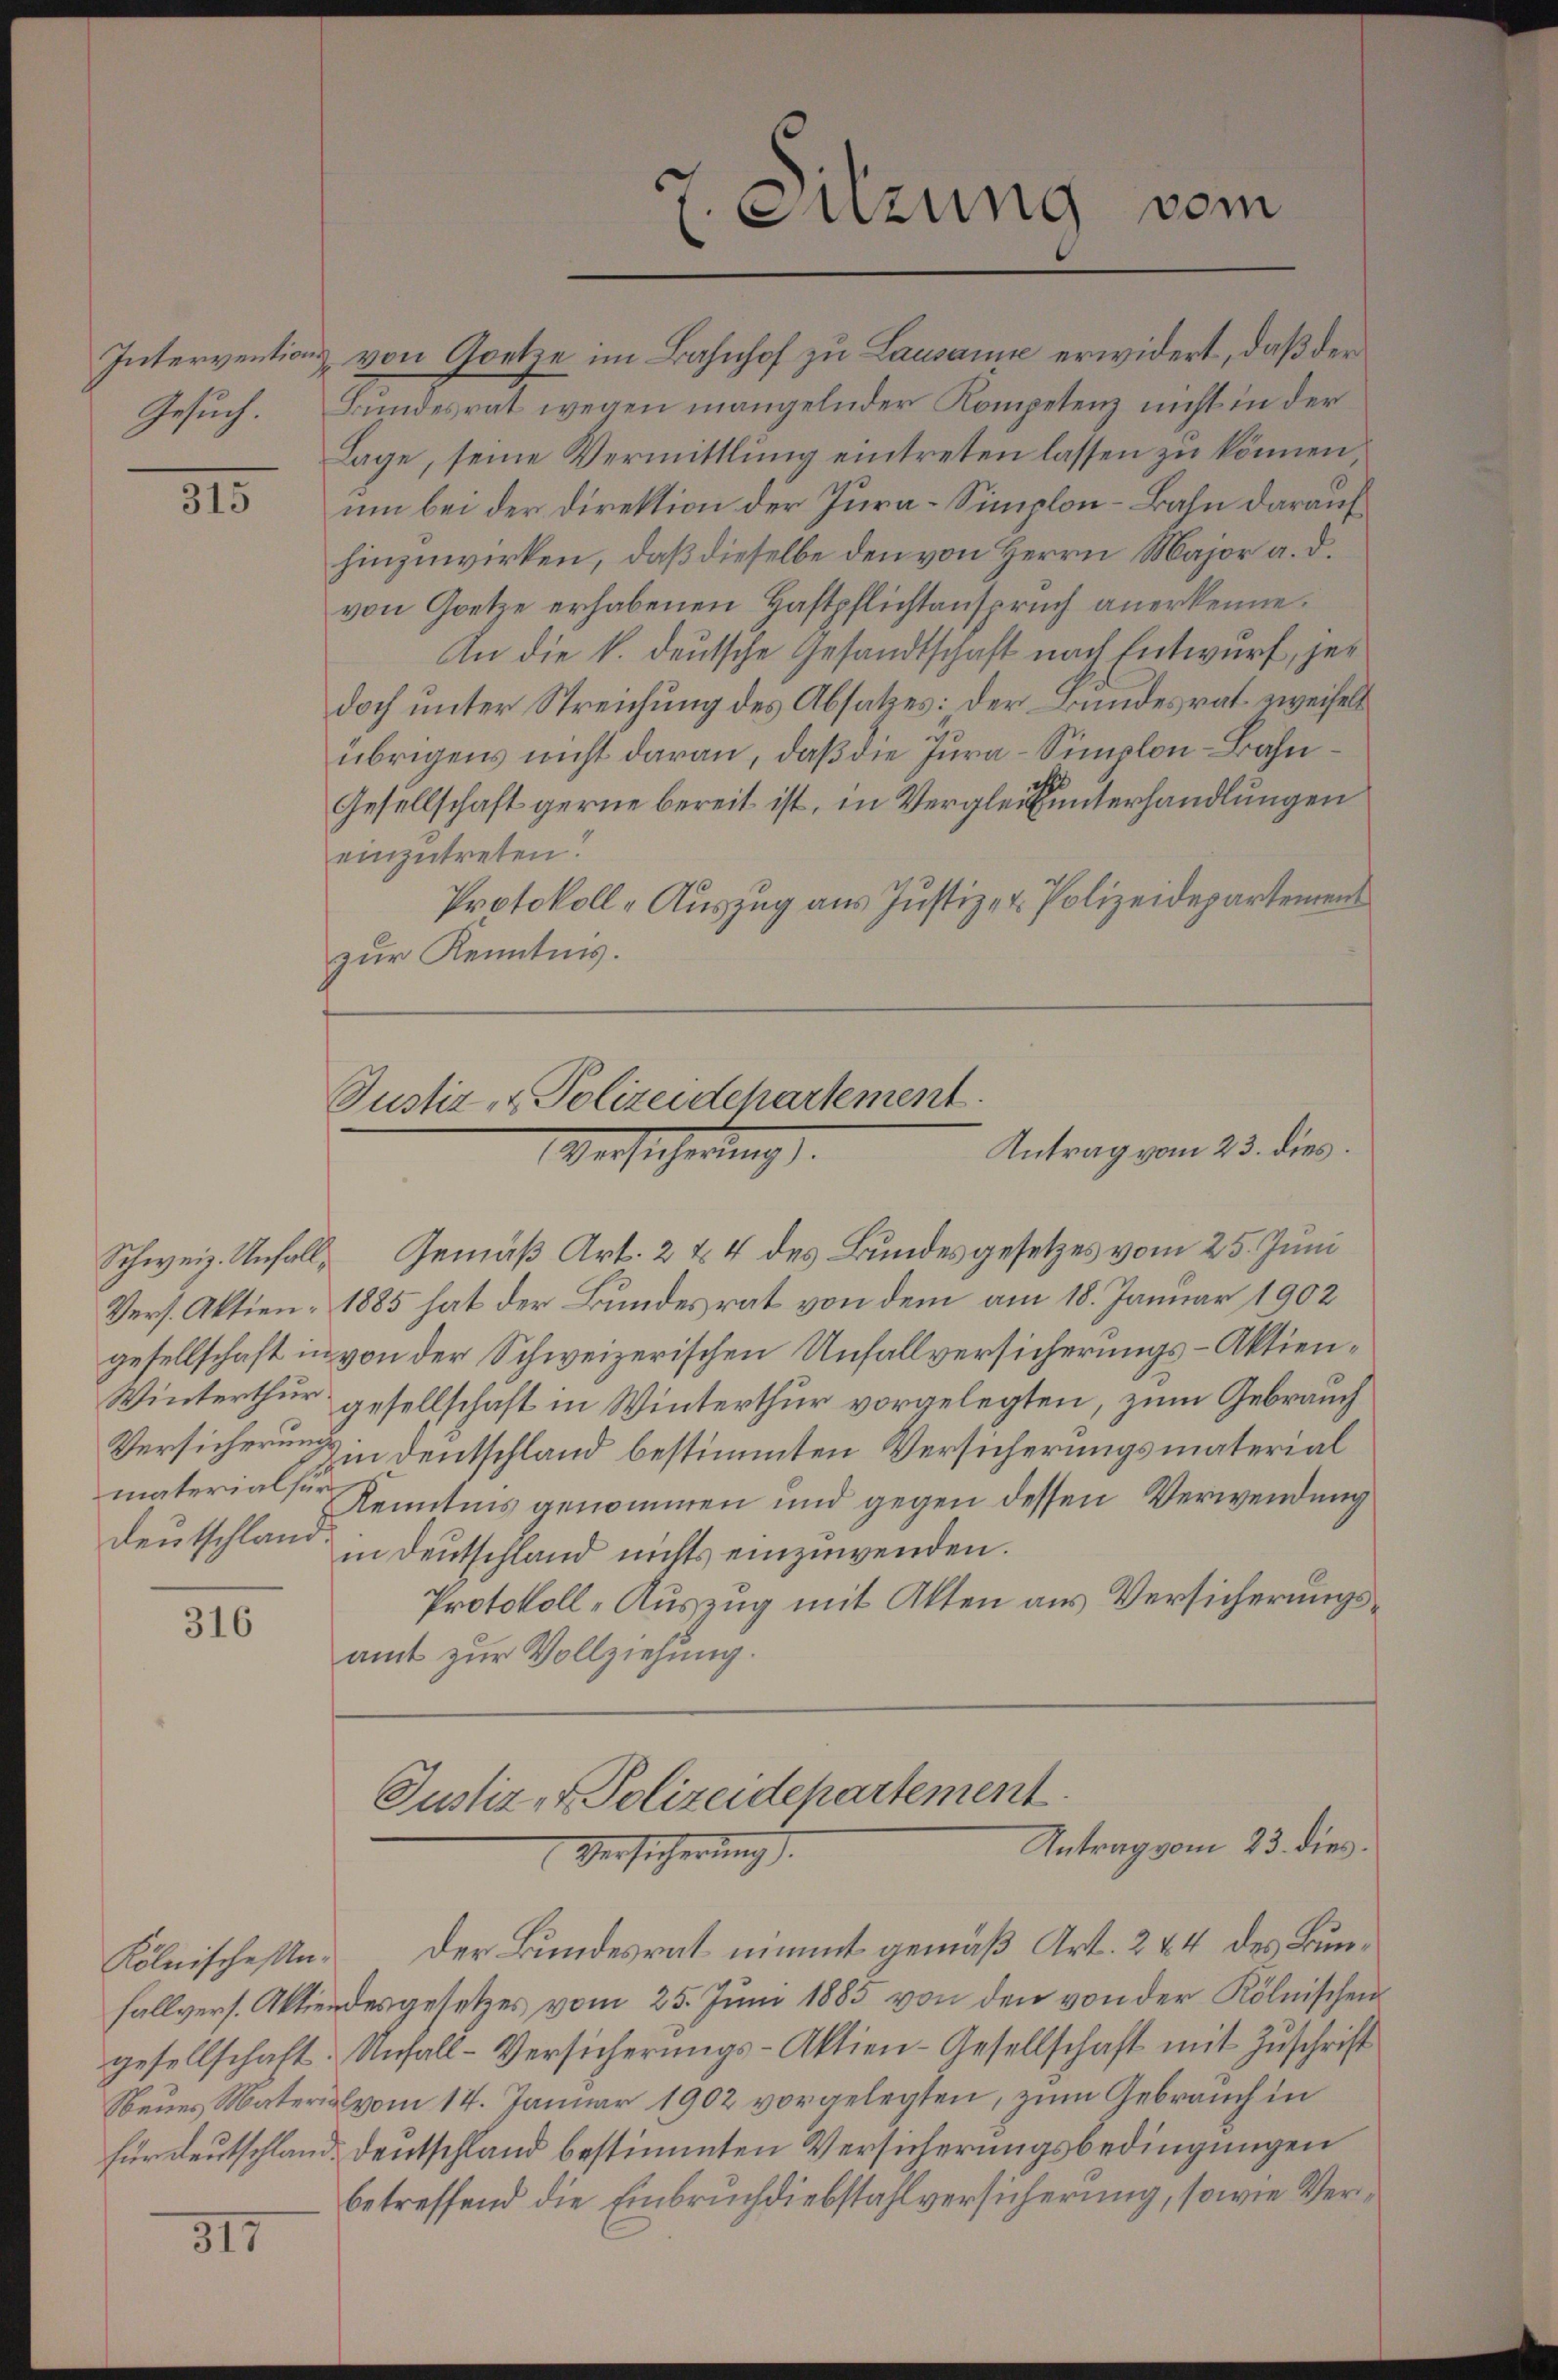
Gesuch.

315

Deutschland.

316

315

Intervention von Goetze im Bahnhof zu Lausane erwidert, daß der
Bundesrat wegen mangelnder Kompetenz nicht in der
Lage, seine Vermittlung eintreten lassen zu können,
um bei der Direktion der Jura-Simplon-Bahn darauf
hinzuwirken, daß dieselbe den von Herrn Major a. d.
von Goetze erhabenen Haftpflichtanspruch anerkenne.
An die k. deutsche Gesandtschaft nach Entwurf, jedoch unter Streichung des Absatzes: der Bundesrat zweifelt
übrigens nicht daran, daß die Jura-Simplon-Bahn¬
Gesellschaft gerne bereit ist, in Vergleitunterhandlungen
einzutreten.
Protokoll- Auszug aus Justiz- & Polizeidepartement
zur Kenntnis.

7. Sitzung vom

Justiz- & Polizeidepartement
Antrag vom 23. dies
Versicherung.

Justiz- & Polizeidepartement
Antrag vom 23. dies.
Versicherung.

Schweiz. Unfalle Gemäß Art. 2 & 4 des Bundesgesetzes vom 25. Juni
Vers. Aktien- 1885 hat der Bundesrat von dem am 18. Januar 1902
gesellschaft in von der Schweizerischen Unfallversicherungs-Aktien¬
Winterthur gesellschaft in Winterthur vorgelegten, zum Gebrauch
Versicherung in Deutschland bestimmten Versicherungsmaterial
materias Kenntnis genommen und gegen dessen Verwendung
in Deutschland nichts einzuwenden.
Protokoll-Auszug mit Akten aus Versicherungsamt zur Vollziehung.

Kölnischen. Der Bundesrat nimmt gemäß Art. 2 & 4 des Bunfallvers. Aktiendesgesetzes vom 25. Juni 1885 von den von der Kölnischen
gesellschaft. Unfall-Versicherŭngs-Aktien-Gesellschaft mit Zuschrift
Neues Material vom 14. Januar 1902 vorgelegten, zum Gebrauch in
für Deutschland. Deutschland bestimmten Versicherungsbedingungen
betreffend die Einbruchdiebstahlversicherung, sowie Ver¬